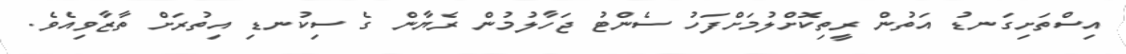
އިސްތަށިގަނޑު އަތުން ރީތިކޮށްލުމަށްފަހު ސެންޓު ޖަހާލުމުން ރެޔާން ގެ ސިކުނޑި އިތުރަށް ތާޒާވިއެވެ.